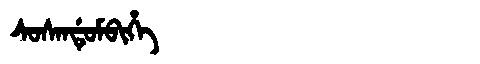
Manchu: ᠰᠣᠰᠠᠨᡩᡠᠮᠪᡳᡥᡝ
Romanization: SOSANDUMBIHE